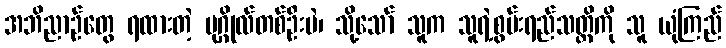
အဘိညာဉ်တွေ ရထားတဲ့ ပုဂ္ဂိုလ်တစ်ဦးပဲ၊ သို့သော် သူက သူရဲ့စွမ်းရည်သတ္တိကို သူ ယုံကြည်